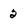
Character: 2